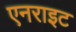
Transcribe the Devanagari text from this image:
एनराइट